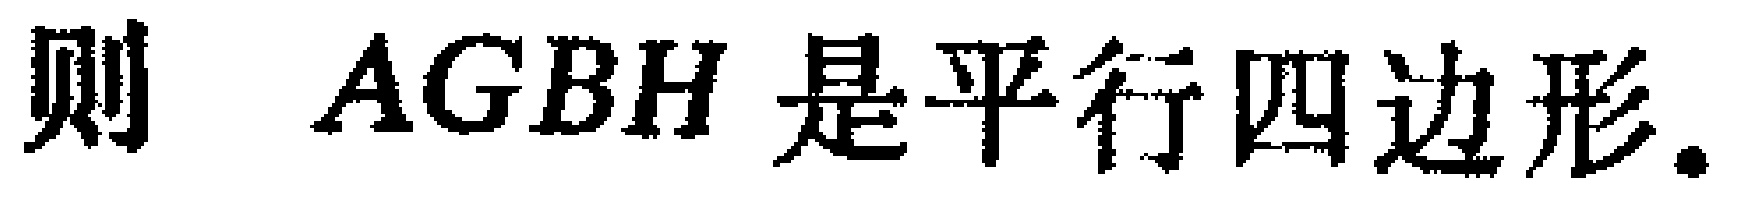
则 \(AGBH\) 是平行四边形.